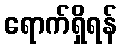
ရောက်ရှိရန်